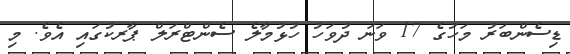
ޑިސެންބަރު މަހުގެ 17 ވަނަ ދުވަހު ހުޅުމާލެ ސެންޓްރަލް ޕާރކުގައި އެވެ. މި